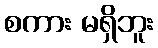
စကား မရှိဘူး